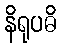
နိရုပဓိ